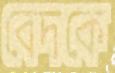
বেদকে